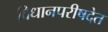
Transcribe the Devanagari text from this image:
विधानपरीषदेत